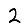
Digit: 2